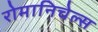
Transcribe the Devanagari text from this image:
रोमानिचेल्स